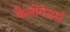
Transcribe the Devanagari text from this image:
कैलीगेयर्स